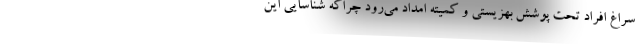
سراغ افراد تحت پوشش بهزیستی و کمیته امداد می‌رود چراکه شناسایی این